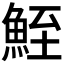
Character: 𩶪